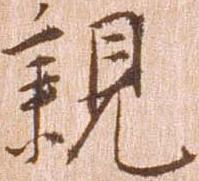
親